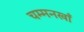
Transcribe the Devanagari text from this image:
चम्मनखाँ